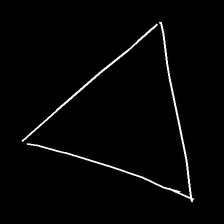
Glyph: convergence